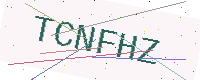
Text: TCNFHZ